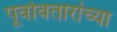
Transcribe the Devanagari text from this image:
पूर्वावतारांच्या